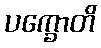
ပက္ခောတိ